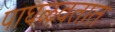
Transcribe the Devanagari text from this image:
पाघळवतात